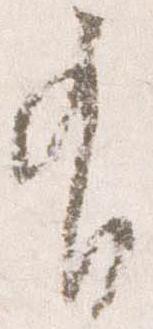
有